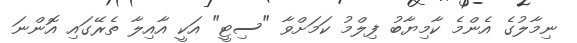
ނިމާލުގެ އެންމެ ކާމިޔާބު ފިލްމު ކަމަށްވާ "ސިޓީ" އަކީ އާއިލާ ތެރޭގައި އޮންނަ